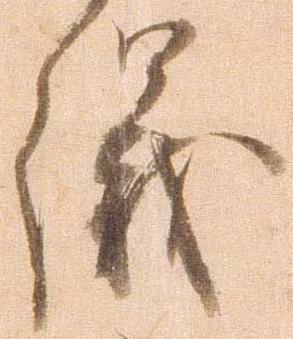
儀